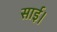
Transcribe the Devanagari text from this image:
साई।